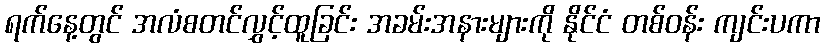
ရက်နေ့တွင် အလံစတင်လွှင့်ထူခြင်း အခမ်းအနားများကို နိုင်ငံ တစ်ဝန်း ကျင်းပကာ